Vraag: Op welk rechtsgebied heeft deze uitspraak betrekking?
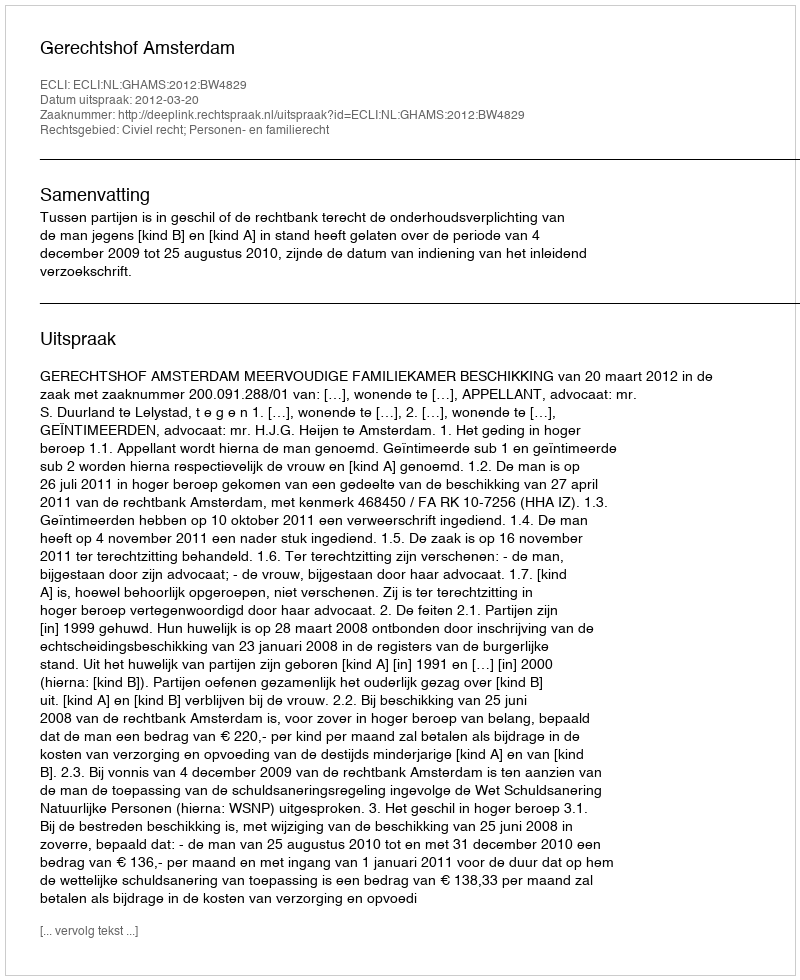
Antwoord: Civiel recht; Personen- en familierecht